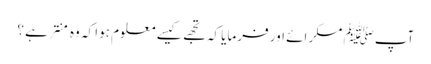
آپﷺ مسکرائے اور فرمایا کہ تجھے کیسے معلوم ہوا کہ وہ منتر ہے ؟